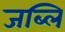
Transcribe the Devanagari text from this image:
जब्लि